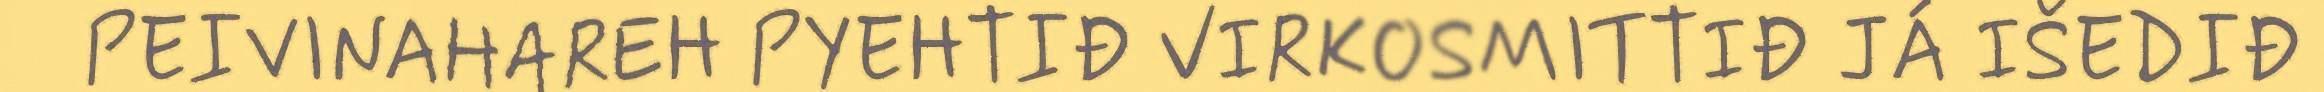
PEIVINAHAREH PYEHTIĐ VIRKOSMITTIĐ JÁ IŠEDIĐ